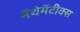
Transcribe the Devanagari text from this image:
मॅथेमॅटीक्स